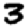
Digit: 3